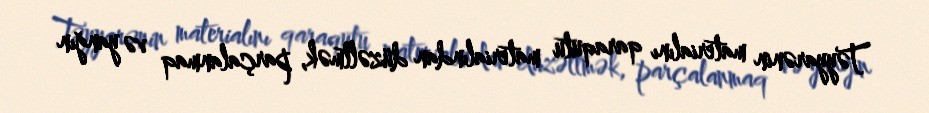
Təyyarənin materialını qaraqutu materialından düzəltmək, parçalanmaq və yanğın